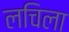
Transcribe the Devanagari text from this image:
लचिला